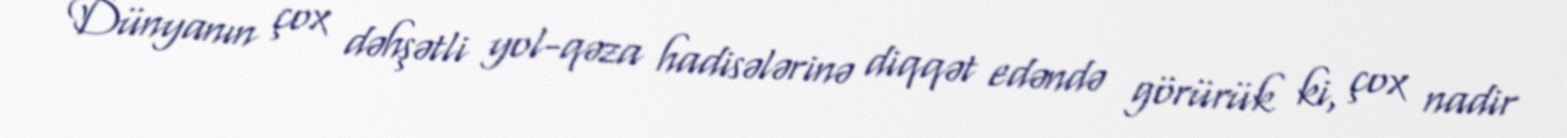
Dünyanın çox dəhşətli yol-qəza hadisələrinə diqqət edəndə görürük ki, çox nadir